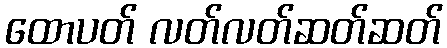
ထောပတ် လတ်လတ်ဆတ်ဆတ်